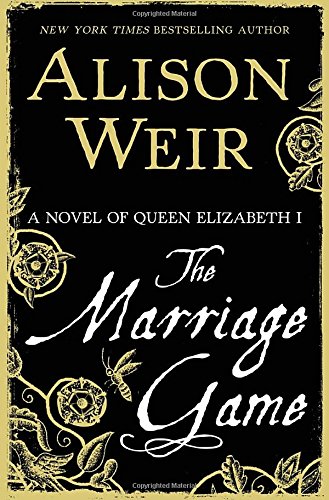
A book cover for The Marriage Game: A Novel of Queen Elizabeth I; Alison Weir; Literature & Fiction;